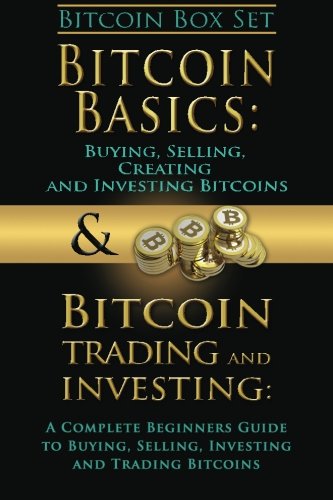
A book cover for Bitcoin Box Set: Bitcoin Basics and Bitcoin Trading and Investing - The Digital Currency of the Future (bitcoin, bitcoins, litecoin, litecoins, crypto-currency) (Volume 3); Benjamin Tideas; Computers & Technology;